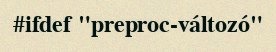
#ifdef "preproc-változó"